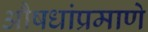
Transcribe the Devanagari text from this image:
औषधांप्रमाणे